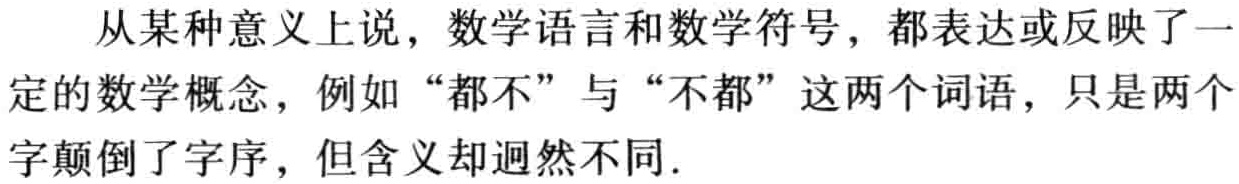
从某种意义上说，数学语言和数学符号，都表达或反映了一
定的数学概念，例如 “都不” 与 “不都” 这两个词语，只是两个
字颠倒了字序，但含义却迥然不同.